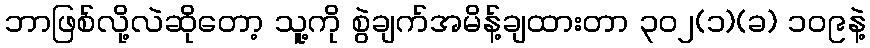
ဘာဖြစ်လို့လဲဆိုတော့ သူ့ကို စွဲချက်အမိန့်ချထားတာ ၃၀၂(၁)(ခ) ၁၀၉နဲ့